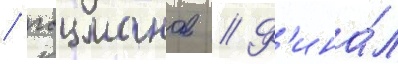
/ гоцманов // Ф'ина́л